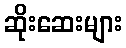
ဆိုးဆေးများ